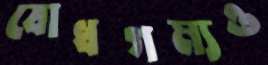
বোধগম্যও